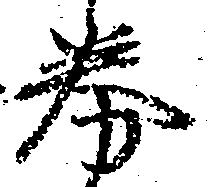
券